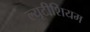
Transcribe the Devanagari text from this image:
ल्यूटीशियम